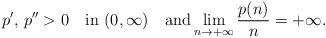
LaTeX: \begin{align*}p',\,p''>0\quad\textrm{in $(0,\infty)$}\quad\textrm{and}\lim_{n\to+\infty} \displaystyle\frac{p(n)}{n}=+\infty.\end{align*}